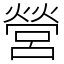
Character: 營